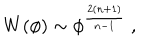
LaTeX: W ( \phi ) \sim \phi ^ { \frac { 2 ( n + 1 ) } { n - 1 } } ~ ,